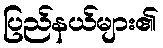
ပြည်နယ်များ၏